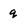
Character: q